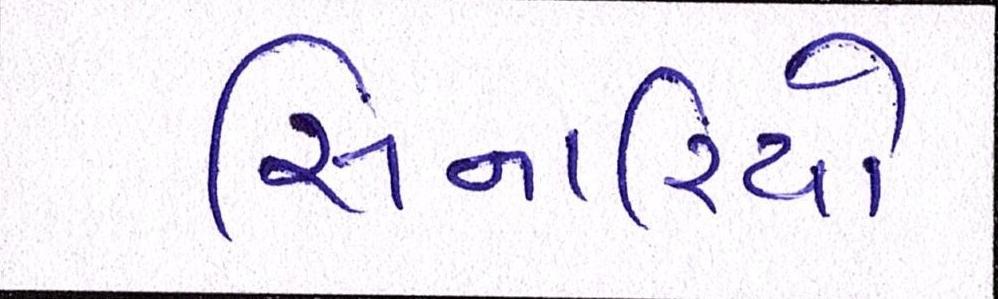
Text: સિનારિયો